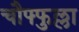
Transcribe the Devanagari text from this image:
चौफ्फुल्ला